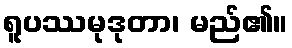
ရူပဿမုဒုတာ၊ မည်၏။